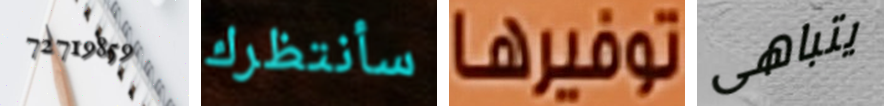
72719859 سأنتظرك توفيرها يتباهى